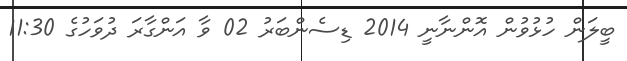
ބީލަން ހުޅުވުން އޮންނާނީ 2014 ޑިސެންބަރު 02 ވާ އަންގާރަ ދުވަހުގެ 11:30